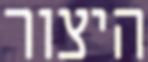
היצור